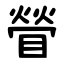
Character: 䁝